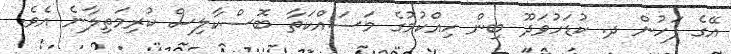
އޭގެ ފަހުން ދ. ކުޑަހުވަދޫ ބިން ހިއްކުމުގެ މަސައްކަތާ ބޮސްކާލިސް ކުރިމަތިލާނެ އެވެ.